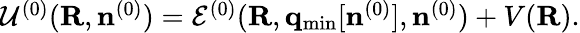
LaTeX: \begin{array}{r}{{\cal U}^{(0)}({\mathbf R},{\mathbf n}^{(0)})={\cal E}^{(0)}({\mathbf R},{\mathbf q}_{\mathrm{min}}[{\mathbf n}^{(0)}],{\mathbf n}^{(0)})+V({\mathbf R}).}\end{array}